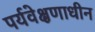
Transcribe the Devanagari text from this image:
पर्यवेक्षणाधीन